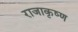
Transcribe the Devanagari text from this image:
राजाकृष्ण